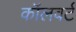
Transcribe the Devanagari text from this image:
कॉलवर्ट